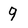
Character: 9